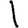
Digit: 1